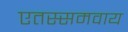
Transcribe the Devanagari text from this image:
एतस्समवाय